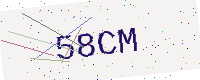
Text: 58CM